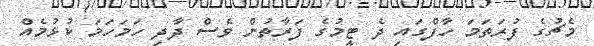
މެޗުގެ ފުރަތަމަ ހާފްގައި ދެ ޓީމުގެ ފަރާތުން ވެސް ދާދި ހަމަހަމަ ކުޅުމެއް